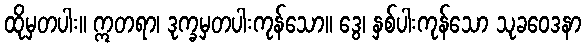
ထိုမှတပါး။ ဣတရာ၊ ဒုက္ခမှတပါးကုန်သော။ ဒွေ၊ နှစ်ပါးကုန်သော သုခဝေဒနာ